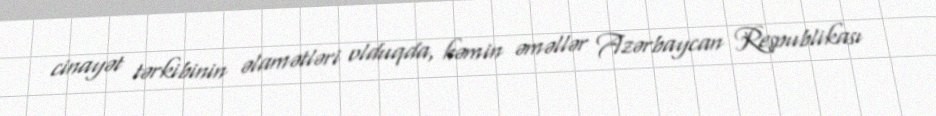
cinayət tərkibinin əlamətləri olduqda, həmin əməllər Azərbaycan Respublikası